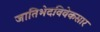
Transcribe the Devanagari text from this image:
जातिभेदविवेकसार